65_HS1-834228961_62-HQ-83894_Serial_164
Agency: FBI
Page 98
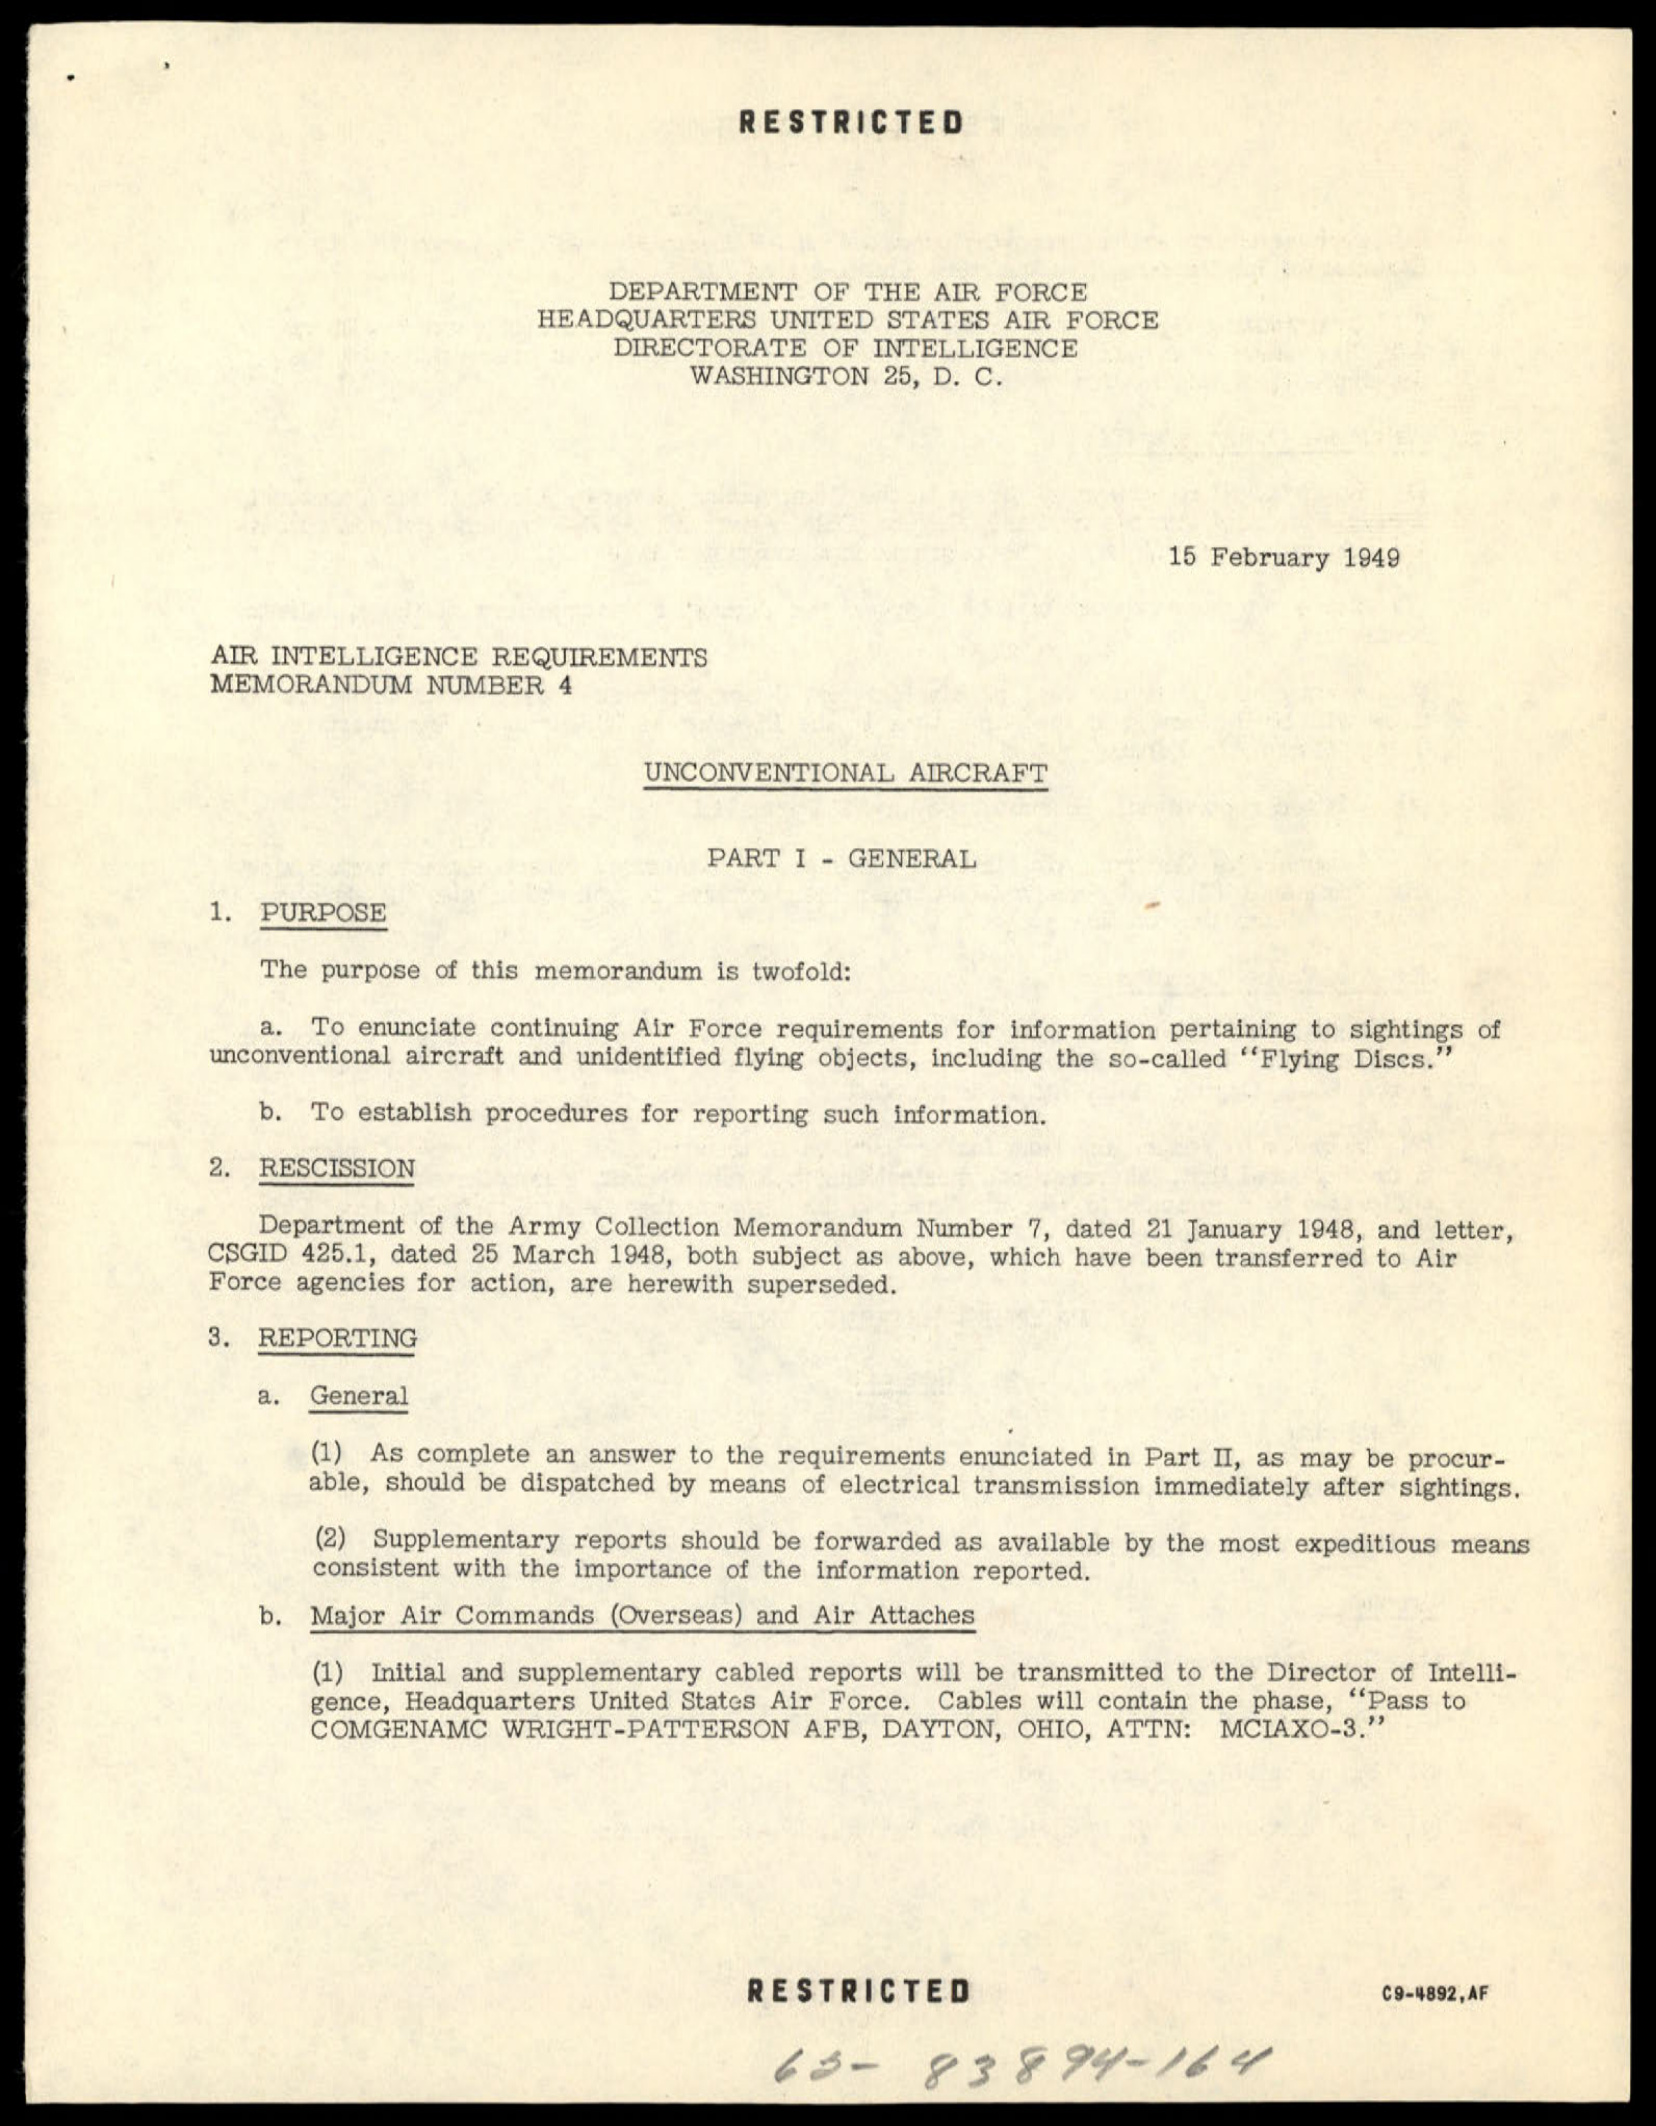